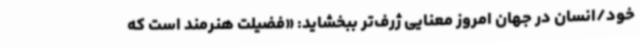
خود/انسان در جهان امروز معنایی ژرف‌تر ببخشاید: «فضیلت هنرمند است که